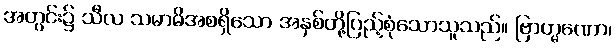
အတွင်း၌ သီလ သမာဓိအစရှိသော အနှစ်တို့ပြည့်စုံသောသူသည်။ ဗြာဟ္မဏော၊